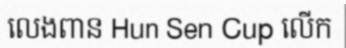
លេងពាន Hun Sen Cup លើក